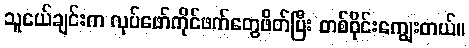
သူငယ်ချင်းက လုပ်ဖော်ကိုင်ဖက်တွေဖိတ်ပြီး တစ်ဝိုင်းကျွေးတယ်။